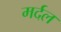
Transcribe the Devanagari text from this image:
मर्दल